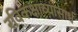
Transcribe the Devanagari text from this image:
रविकक्षाव्यासार्ध